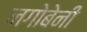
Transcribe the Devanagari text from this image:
नगोबेनी